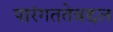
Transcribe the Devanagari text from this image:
पारंगततेबद्दल